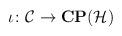
LaTeX: \begin{align*}\iota\colon{\cal C}\rightarrow{\bf CP}({\cal H})\end{align*}